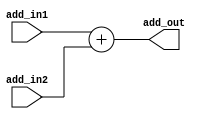
/* adder.v */
module adder(
	output reg [31:0] add_out,
    input [31:0] add_in1, add_in2
    ); 
	always@ * 
	begin
		add_out <= add_in1 + add_in2;
	end
endmodule // adder